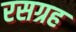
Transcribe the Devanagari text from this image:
रसग्रह